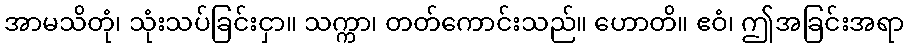
အာမသိတုံ၊ သုံးသပ်ခြင်းငှာ။ သက္ကာ၊ တတ်ကောင်းသည်။ ဟောတိ။ ဧဝံ၊ ဤအခြင်းအရာ